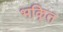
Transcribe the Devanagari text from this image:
भकि्‌त